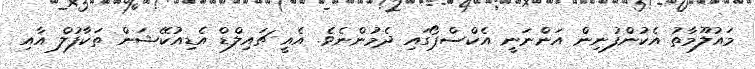
މައުލޫމާތު އެކުންފުނިން އަންނަނީ އެކްސްޕޯގައި ދެމުންނެވެ. އެއީ ޗައިލްޑް އެޑިއުކޭޝަން ތަކާފުލް އާއި